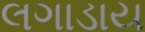
લગાડાય